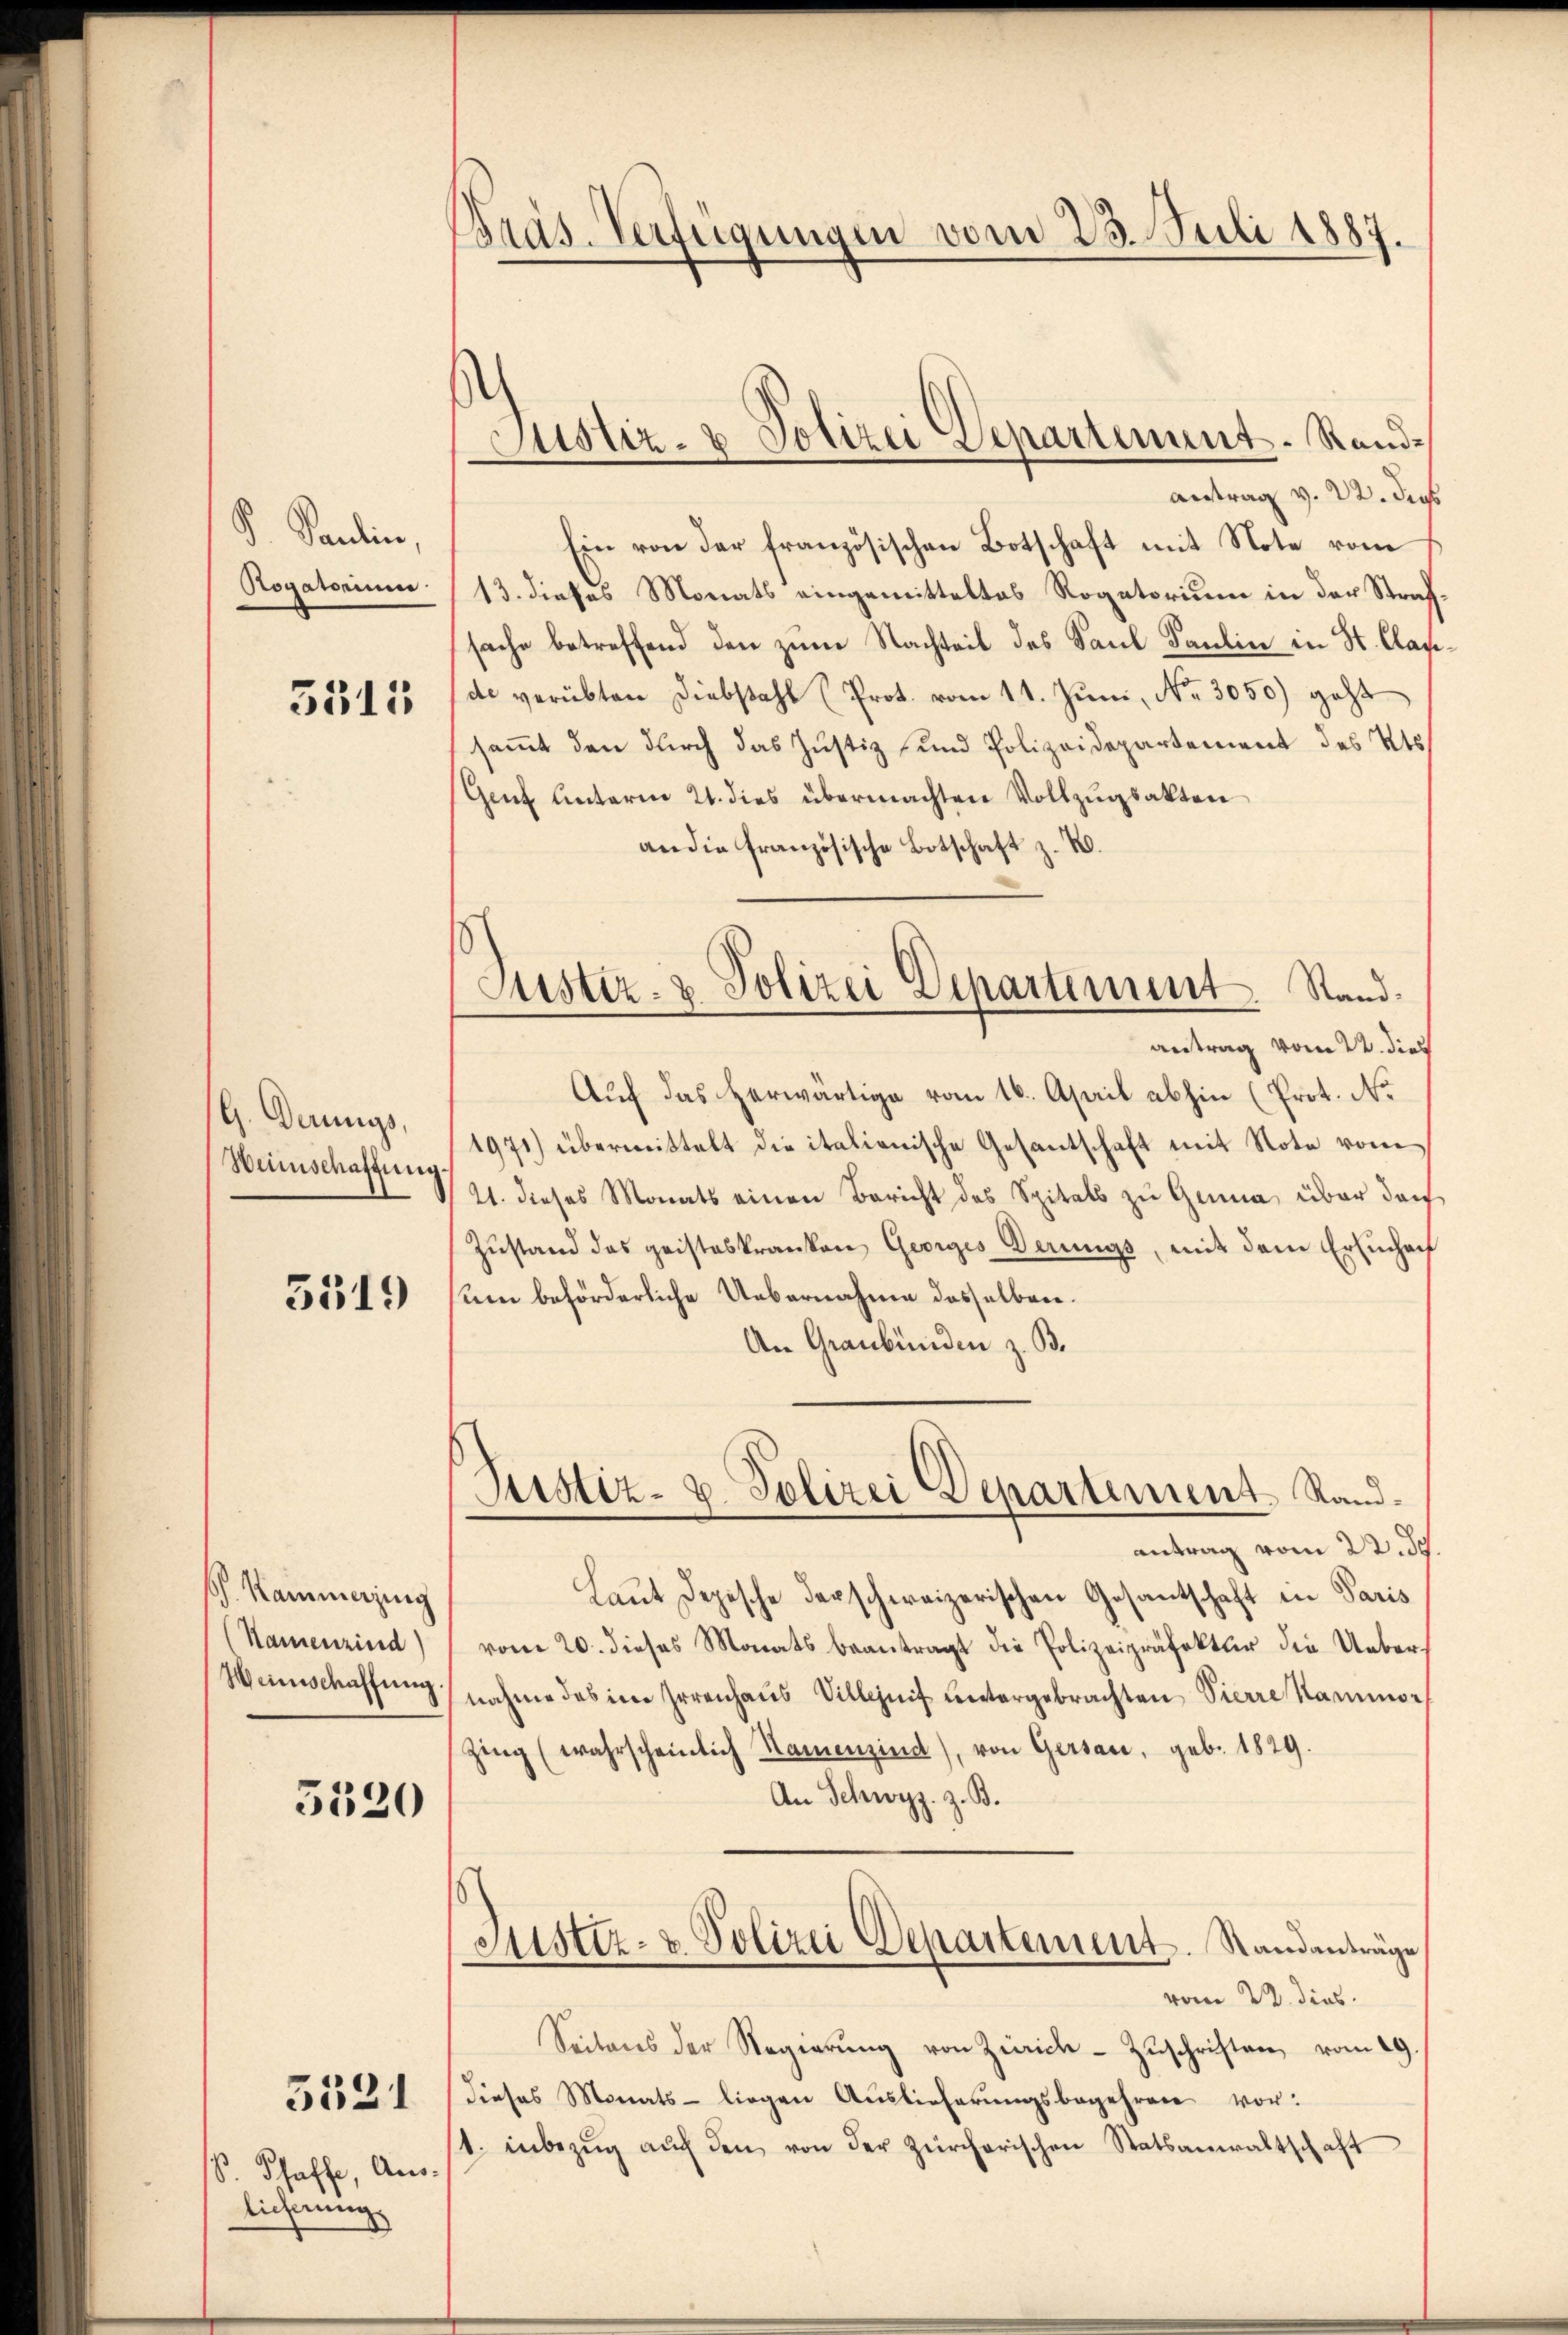
P. Paulin,
Rogatorium

3511

G. Derings,
Wunschaftung

5519

S. Kammerzing
(Namenzind)

5520

S. Schaffe, Aus-
licherung

3531

Präs. Verfügungen vom 23. Juli 1887.

Ein von der französischen Botschaft mit Note vom
13. dieses Monats eingemitteltes Rogatorium in der Straf
sache betreffend den zum Nachteil des Saul Paulin in St. Clas
(de verübten Diebstahl (Prot. vom 11. Juni, No. 3050) geht
sammt den durch das Justiz und Polizeidepartement des Kts.
Genf unterm 21. dies übermachten Vollzugsakten
an die französische Botschaft z. B.
Auf das herwärtige vom 16. April abhin (Prot. No
1971) übermittelt die italienische Gesantschaft mit Note vom
21. dieses Monats einen Bericht des Spitals zu Gema über dan
Zustand das geisteskranken Georges Gerings, mit dem Ersuchen
um beförderliche Uebernahme desselben.
An Graubünden z. B.
Justiz- u. Polizei Departement. Sandantrag vom 22. d.
Laut Depesche darschweizerischen Gesantschaft in Paris
vom 20. dieses Monats beantragt die Polizeipräfektur die Uebers
Heinschaffung nahme des im Irrenhaus Villezeit untergebrachten Vierre Mammor
Zing (wahrscheinlich Namenzind), von Gersau, geb. 1829.
An Schwyz. z. B.
Justiz- & Polizei Departement. Standanträge
vom 22. dies
Seitens der Regierung von Zürich–Zuschriften, vom 19.
dieses Monats - liegen Auslieferungsbegehren vor:
1. inbezug auch den von der zürcherischen Statsanwaltschaft

Justiz- & Polizei Departement. Standantrag v. 22. dies

Justiz- & Polizei Departement. Stand.
antrag vom 22. dies